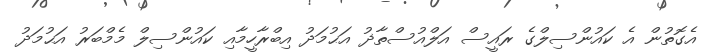
އެގޮތުން އެ ކައުންސިލްގެ ރައީސް އަލްއުސްތާޛު އަޙުމަދު އިބްރާހީމާއި ކައުންސިލް މެމްބަރު އަޙުމަދު